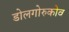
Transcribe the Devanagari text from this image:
डोलगोरुकोव